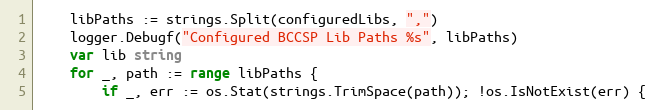
Language: Go
	libPaths := strings.Split(configuredLibs, ",")
	logger.Debugf("Configured BCCSP Lib Paths %s", libPaths)
	var lib string
	for _, path := range libPaths {
		if _, err := os.Stat(strings.TrimSpace(path)); !os.IsNotExist(err) {